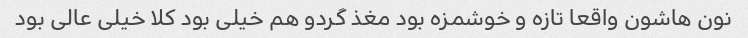
نون هاشون واقعا تازه و خوشمزه بود مغذ گردو هم خیلی بود کلا خیلی عالی بود